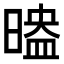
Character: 𣉗